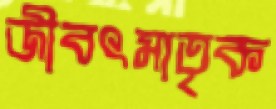
জীবৎমাতৃক